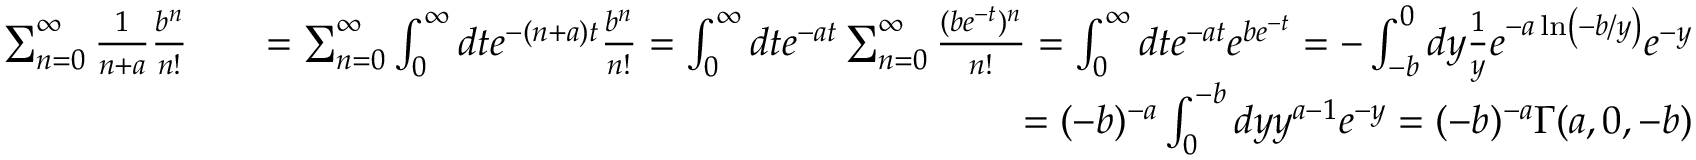
\begin{array} { r l r } { \sum _ { n = 0 } ^ { \infty } \frac { 1 } { n + a } \frac { b ^ { n } } { n ! } } & { } & { = \sum _ { n = 0 } ^ { \infty } \int _ { 0 } ^ { \infty } d t e ^ { - ( n + a ) t } \frac { b ^ { n } } { n ! } = \int _ { 0 } ^ { \infty } d t e ^ { - a t } \sum _ { n = 0 } ^ { \infty } \frac { ( b e ^ { - t } ) ^ { n } } { n ! } = \int _ { 0 } ^ { \infty } d t e ^ { - a t } e ^ { b e ^ { - t } } = - \int _ { - b } ^ { 0 } d y \frac { 1 } { y } e ^ { - a \ln \left( - b / y \right) } e ^ { - y } } \\ & { } & { = ( - b ) ^ { - a } \int _ { 0 } ^ { - b } d y y ^ { a - 1 } e ^ { - y } = ( - b ) ^ { - a } \Gamma ( a , 0 , - b ) } \end{array}